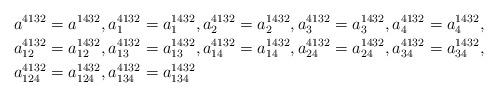
LaTeX: \begin{align*}a^{4132} & =a^{1432},a_{1}^{4132}=a_{1}^{1432},a_{2}^{4132}=a_{2}^{1432},a_{3}^{4132}=a_{3}^{1432},a_{4}^{4132}=a_{4}^{1432},\\a_{12}^{4132} & =a_{12}^{1432},a_{13}^{4132}=a_{13}^{1432},a_{14}^{4132}=a_{14}^{1432},a_{24}^{4132}=a_{24}^{1432},a_{34}^{4132}=a_{34}^{1432},\\a_{124}^{4132} & =a_{124}^{1432},a_{134}^{4132}=a_{134}^{1432}\end{align*}